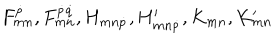
LaTeX: F _ { m n } ^ { \dot { p } } , F _ { m n } ^ { \dot { p } \dot { q } } , H _ { m n \dot { p } } , H _ { m n \dot { p } } ^ { \prime } , K _ { m n } , K _ { m n } ^ { \prime }